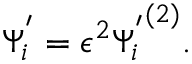
\Psi _ { i } ^ { ' } = \epsilon ^ { 2 } { \Psi _ { i } ^ { ' } } ^ { ( 2 ) } .